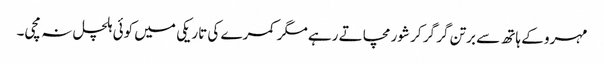
مہرو کے ہاتھ سے برتن گر گر کر شور مچاتے رہے مگر کمرے کی تاریکی میں کوئی ہلچل نہ مچی۔